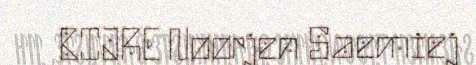
BIJRE Nøørjen Saemiej